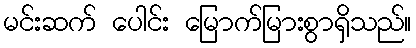
မင်းဆက် ပေါင်း မြောက်မြားစွာရှိသည်။